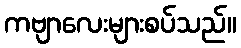
ကဗျာလေးများစပ်သည်။